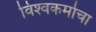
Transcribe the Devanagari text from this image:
विश्‍वकर्माचा